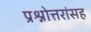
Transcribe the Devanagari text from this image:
प्रश्नोत्तरांसह